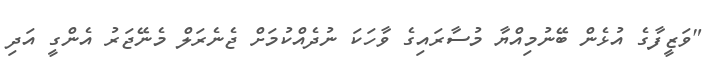
"ވަޒީީފާގެ އުޅެން ބޭނުމިއްޔާ މުސާރައިގެ ވާހަކަ ނުދެއްކުމަށް ޖެނެރަލް މެނޭޖަރު އެންގީ އަދި